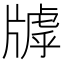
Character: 𤗭